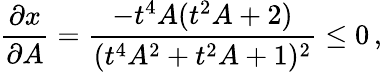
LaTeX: \frac{\partial x}{\partial A}=\frac{-t^{4}A(t^{2}A+2)}{(t^{4}A^{2}+t^{2}A+1)^{2}}\leq 0\, ,